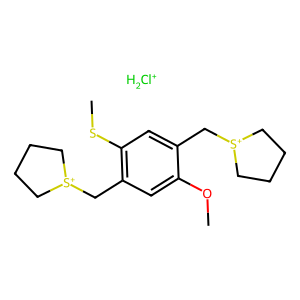
SMILES: COc1cc(C[S+]2CCCC2)c(SC)cc1C[S+]1CCCC1.[ClH2+]
Inhibits HIV replication: No